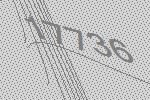
17736